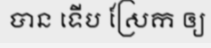
បាន ទើប ស្រែក ឲ្យ